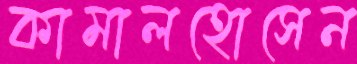
কামালহোসেন